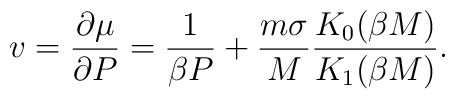
v=\frac {\partial \mu}{\partial P}=\frac {1}{\beta P}+\frac {m\sigma}{M}\frac {K_0(\beta M)}{K_1(\beta M)} .